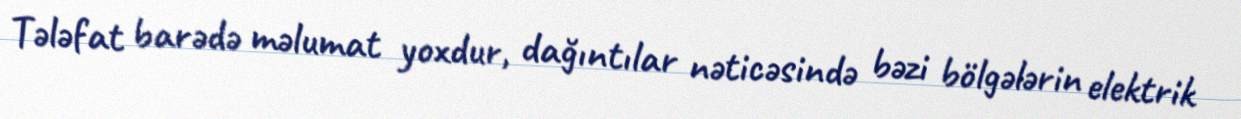
Tələfat barədə məlumat yoxdur, dağıntılar nəticəsində bəzi bölgələrin elektrik